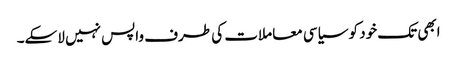
ابھی تک خود کو سیاسی معاملات کی طرف واپس نہیں لاسکے۔